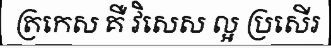
ត្រកេស គឺ វិសេស ល្អ ប្រសើរ